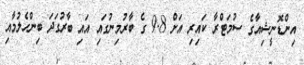
އިންޑޮނީޝިއާގެ ސުމަޓްރާ ކައިރި އަށް 9.8 ގެ ބާރުމިނުގައި އައި ބާރުގަދަ ބިންހެލުމާއި